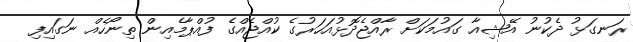
ރަނގަޅު ދެކުނު އޭޝިއާ ގައުމަކަށް ރާއްޖެދޮޅުއަހަރުގެ ކުއްޖެއްގެ ފުއްޕާމެއިން ތިނޯހެއް ނަގައިފި